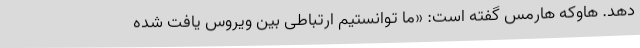
دهد. هاوکه هارمس گفته است: «ما توانستیم ارتباطی بین ویروس یافت شده